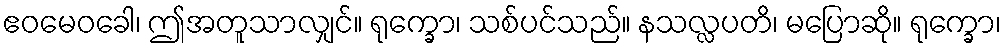
ဧဝမေဝခေါ၊ ဤအတူသာလျှင်။ ရုက္ခော၊ သစ်ပင်သည်။ နသလ္လပတိ၊ မပြောဆို။ ရုက္ခော၊